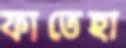
ফাতেহা